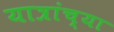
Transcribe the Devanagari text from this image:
यात्रांच्या